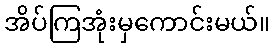
အိပ်ကြအုံးမှကောင်းမယ်။